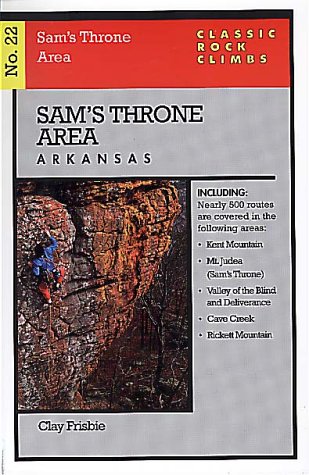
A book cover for Classic Rock Climbs No. 22: Sam's Throne, Arkansas; Clay Frisbie; Travel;